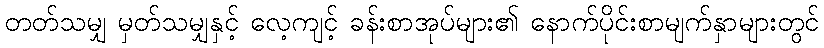
တတ်သမျှ မှတ်သမျှနှင့် လေ့ကျင့် ခန်းစာအုပ်များ၏ နောက်ပိုင်းစာမျက်နှာများတွင်